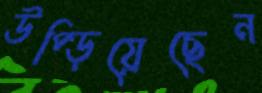
উপ্‌ড়িয়েছেন